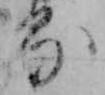
る